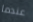
عندما